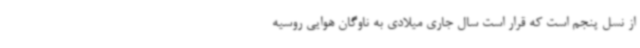
از نسل پنجم است که قرار است سال جاری میلادی به ناوگان هوایی روسیه